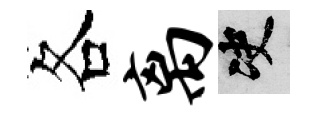
各离决